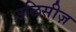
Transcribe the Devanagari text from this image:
उलिसीज़